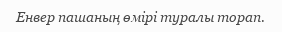
Енвер пашаның өмірі туралы торап.